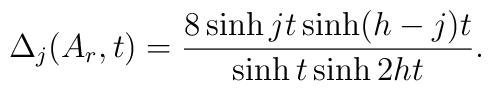
\Delta _{j}(A_{r},t)=\frac{8\sinh jt\sinh (h-j)t}{\sinh t\sinh 2ht}.